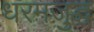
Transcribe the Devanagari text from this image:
धरमजुद्ध